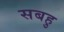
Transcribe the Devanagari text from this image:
सबहु